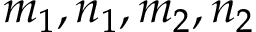
m _ { 1 } , n _ { 1 } , m _ { 2 } , n _ { 2 }